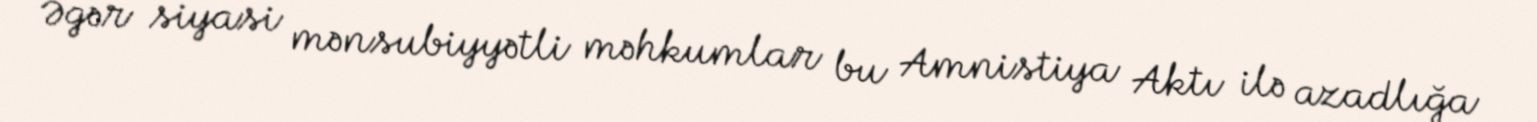
Əgər siyasi mənsubiyyətli məhkumlar bu Amnistiya Aktı ilə azadlığa